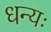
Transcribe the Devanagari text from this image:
धन्यः